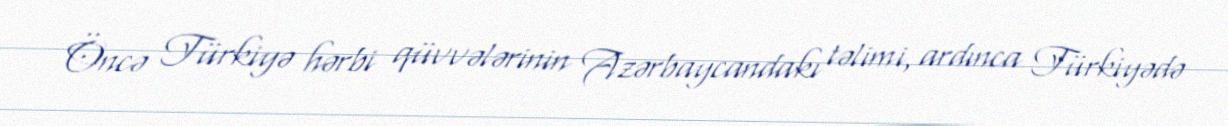
Öncə Türkiyə hərbi qüvvələrinin Azərbaycandakı təlimi, ardınca Türkiyədə